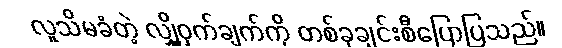
လူသိမခံတဲ့ လျှို့ဝှက်ချက်ကို တစ်ခုချင်းစီပြောပြသည်။